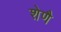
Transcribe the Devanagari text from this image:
शेणै